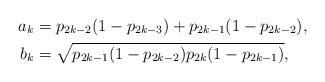
LaTeX: \begin{align*}a_k &= p_{2k - 2} (1 - p_{2k - 3}) + p_{2k - 1}(1 - p_{2k - 2}), \\b_k &=\sqrt{p_{2k - 1}(1 - p_{2k - 2}) p_{2k} (1 - p_{2k - 1})}, \end{align*}